Annual report of the Punjab Veterinary College and of the Civil Veterinary Department, Punjab - 1926-1932
Year: 1926
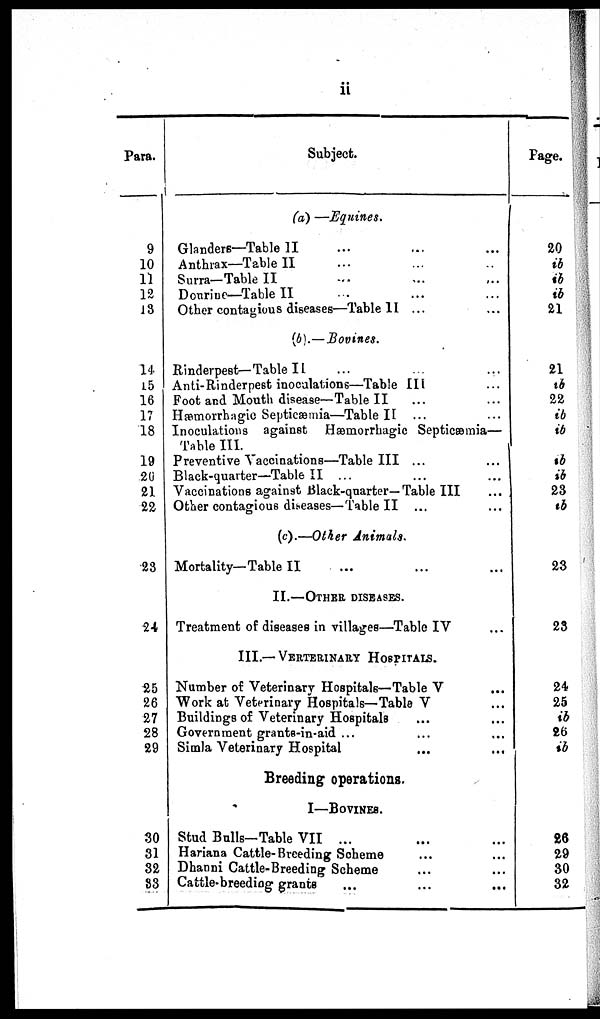
ii
Para.
9
10
11
12
13
14
15
16
17
18
19
20
21
22
23
24
25
26
27
28
29
30
31
32
33
Subject.
(a) —Equines.
Glanders—Table II ... ... ...
Anthrax—Table II ... ... ...
Surra—Table II ... ... ...
Dourine—Table II ... ... ...
Other contagious diseases—Table II ... ...
(b).—Bovines.
Rinderpest—Table II ... ... ...
Anti-Rinderpest inoculations—Table III ... ... ...
Foot and Mouth disease—Table II ... ...
Hæmorrhagic Septicæmia—Table II ... ...
Inoculations against Hæmorrhagic Septicæmia—
Table III.
Preventive Vaccinations—Table III ...
...
Black-quarter—Table II ...
...
...
Vaccinations against Black-quarter—Table III
...
Other contagious diseases—Table II ...
...
(c).—Other Animals.
Mortality—Table II ... ... ...
II.—OTHER DISEASES.
Treatment of diseases in villages—Table IV ...
III.— VETERINARY HOSPITALS.
Number of Veterinary Hospitals—Table V ...
Work at Veterinary Hospitals—Table V ...
Buildings of Veterinary Hospitals ... ...
Government grants-in-aid ... ... ...
Simla Veterinary Hospital
...
...
Breeding operations.
I—BOVINES.
Stud Bulls—Table VII ... ...
Hariana Cattle-Breeding Scheme ... ...
Dhanni Cattle-Breeding Scheme ... ...
Cattle-breeding grants ... ... ...
Page.
20
ib
ib
ib
21
21
ib
22
ib
ib
ib
ib
23
ib
23
23
24
25
ib
26
ib
26
29
30
32